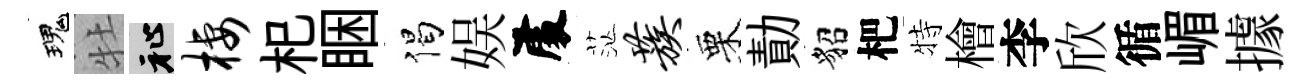
瑰牡祉栖𣏌睏偈娱𠁅茫蔟栗勣貂杷特檜李欣循嵋據